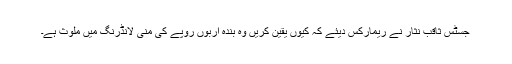
جسٹس ثاقب نثار نے ریمارکس دیئے کہ کیوں یقین کریں وہ بندہ اربوں روپے کی منی لانڈرنگ میں ملوث ہے۔